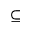
\subseteq